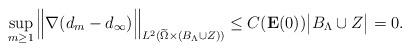
LaTeX: \begin{align*}\sup_{m\ge 1}\Big\|\nabla (d_m-d_\infty)\Big\|_{L^2(\widetilde\Omega\times (B_\Lambda\cup Z))}\le C({\bf E}(0))\big|B_\Lambda\cup Z\big|=0.\end{align*}